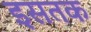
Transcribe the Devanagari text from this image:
इसतक